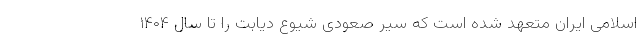
اسلامی ایران متعهد شده است که سیر صعودی شیوع دیابت را تا سال ۱۴۰۴